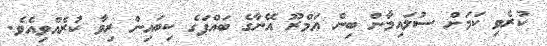
ކުރެވި ކަމަށް ސުލައިމާން ބިން ޢަމްރޫ އޭނާގެ ބައްޕަގެ ކިބައިން ރިވާ ކުރެއްވިއެވެ.